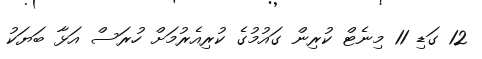
12 ގަޑި 11 މިނެޓް ކުރިން ގައުމުގެ ކުރިއެރުމަށް ހުރަސް އަޅާ ބަޔަކު